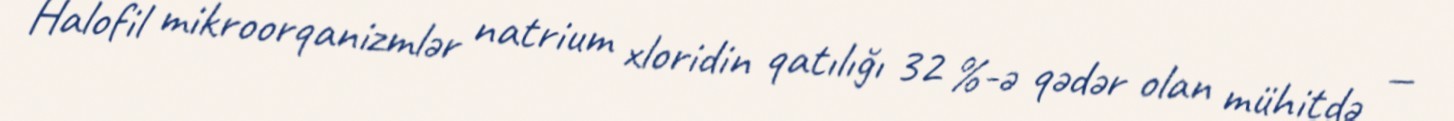
Halofil mikroorqanizmlər natrium xloridin qatılığı 32 %-ə qədər olan mühitdə —